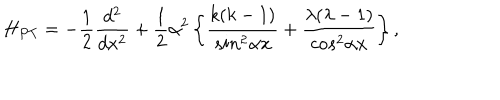
H _ { P T } = - \frac { 1 } { 2 } \frac { d ^ { 2 } } { d x ^ { 2 } } + \frac { 1 } { 2 } \alpha ^ { 2 } \left\{ \frac { k ( k - 1 ) } { s i n ^ { 2 } \alpha { x } } + \frac { \lambda ( \lambda - 1 ) } { c o s ^ { 2 } \alpha { x } } \right\} ,